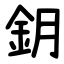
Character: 鈅